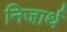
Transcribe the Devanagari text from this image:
निजार्थ